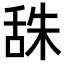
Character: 𦧙